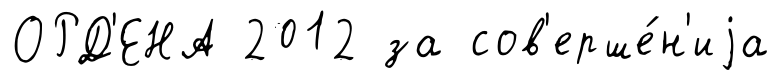
ОРД'ЕНА 2012 за сов'ерше́н'иjа